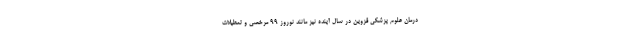
درمان علوم پزشکی قزوین در سال آینده نیز مانند نوروز ۹۹ مرخصی و تعطیلات